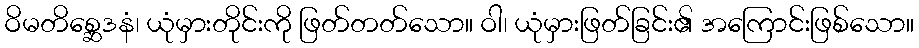
ဝိမတိစ္ဆေဒနံ၊ ယုံမှားတိုင်းကို ဖြတ်တတ်သော။ ဝါ၊ ယုံမှားဖြတ်ခြင်း၏ အကြောင်းဖြစ်သော။